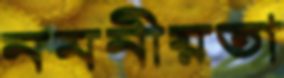
নমনীয়তা